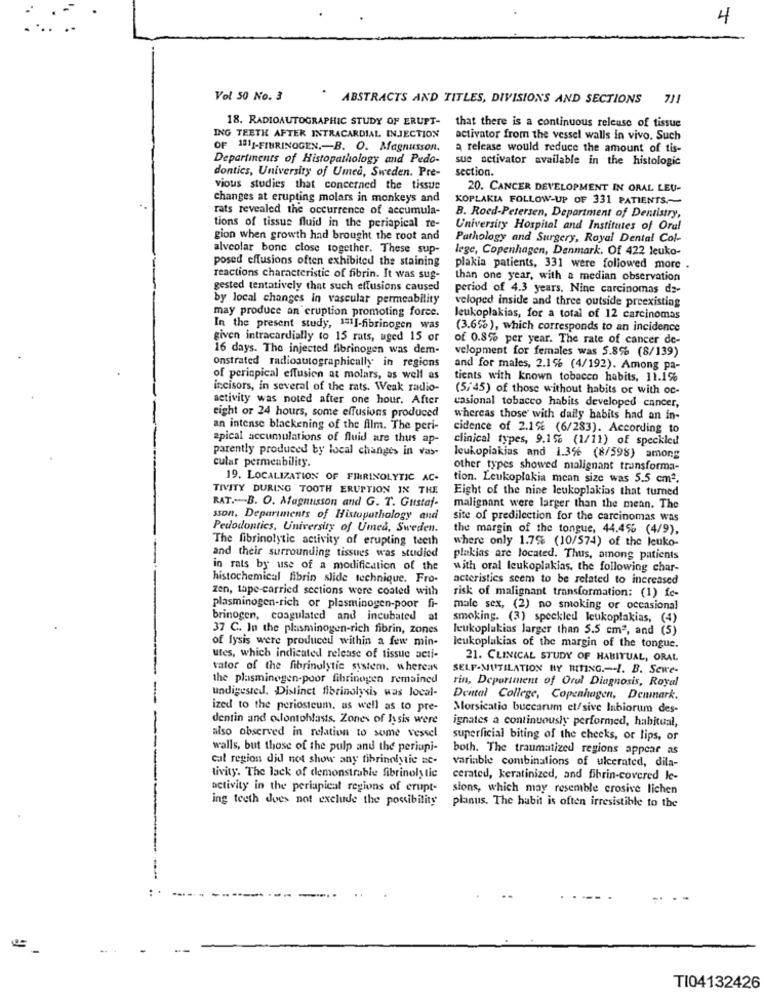
4
Vol 50 No. 3
ABSTRACTS AND TITLES, DIVISIONS AND SECTIONS 711
18. RADIOAUTOGRAPHIC STUDY OF ERUPT- that there is a continuous release of tissue
ING TEETH AFTER INTRACARDIAL INJECTION
activator from the vessel walls in vivo. Such
OF 1311-FIBRINOGEN .- B. O. Magnusson.
a release would reduce the amount of tis-
Departments of Histopathology and Pedo-
sue activator available in the histologic
dontics, University of Umed, Sweden. Pre-
section.
vious studies that concerned the tissue
20. CANCER DEVELOPMENT IN ORAL LEU-
changes at erupting molars in monkeys and
KOPLAKIA FOLLOW-UP OF 331 PATIENTS .-
rats revealed the occurrence of accumula-
B. Roed-Petersen, Department of Dentistry,
tions of tissue fluid in the periapical re-
University Hospital and Institutes of Oral
gion when growth had brought the root and
Pathology and Surgery, Royal Dental Col-
alveolar bone close together. These sup-
lege, Copenhagen, Denmark. Of 422 leuko-
posed effusions often exhibited the staining
plakia patients, 331 were followed more .
reactions characteristic of fibrin. It was sug-
than one year, with a median observation
gested tentatively that such effusions caused
period of 4.3 years. Nine carcinomas de-
by local changes in vascular permeability
veloped inside and three outside preexisting
may produce an eruption promoting force.
leukoplakias, for a total of 12 carcinomas
In the present study, 151]-fibrinogen was
(3.6%), which corresponds to an incidence
given intracardially to 15 rats, uged 15 or
of 0.8% per year. The rate of cancer de-
16 days. The injected fibrinogen was dem-
velopment for females was 5.8% (8/139)
onstrated radioautographically in regions
and for males, 2.1% (4/192). Among pa-
of perinpical effusion at molars, as well as
tients with known tobacco habits, 11.1%
incisors, in several of the rats. Weak radio-
(5:45) of those without habits or with oc-
activity was noted after one hour. After
casional tobacco habits developed cancer,
eight or 24 hours, some effusions produced
whereas those' with daily habits had an in-
an intense blackening of the film. The peri-
cidence of 2.1% (6/283). According to
apical accumulations of fluid are thus ap-
clinical types, 9.1% (1/11) of speckled
parently produced by local changes in var
cular permeability.
leukoplakias and 1.3% (8/598) among
other types showed malignant transforma-
19. LOCALIZATION OF FINIRINOLYTIC AC-
tion. Leukoplakia mean size was 5.5 cm3.
TIVITY DURING TOOTH ERUPTION IN THE
Eight of the nine leukoplakias that turned
RAT .- B. O. Magnusson and G. T. Gustaf-
malignant were larger than the mean. The
sson, Departments of Histopathology and
site of predilection for the carcinomas was
Pedodontics, University of Umed, Sweden.
the margin of the tongue, 44.45% (4/9),
The fibrinolytic activity of erupting teeth
where only 1.75% (10/574) of the leuko-
and their surrounding tissues was studied
plakias are located. Thus, among patients
in rats by use of a modification of the
with oral leukoplakias. the following char-
histochemical fibrin slide technique. Fro-
acteristics seem to be related to increased
zen, tape-carried sections were coated with
risk of malignant transformation: (1) fe-
plasminogen-rich or plasminogen-poor fi-
male sex, (2) no smoking or occasional
brinogen, coagulated and incubated at
smoking. (3) speckled leukoplakias, (4)
37 C. In the plasminogen-rich fibrin, zones
leukoplakias larger than 5.5 cmª, and (5)
of lysis were produced within a few min-
leukoplakias of the margin of the tongue.
utes, which indicated release of tissue acti-
21. CLINICAL STUDY OF HABITUAL, ORAL
vator of the fibrinolytic system. whereas
SELF-MUTILATION BY MITING .-. I. B. Sewe-
the plasminegen-poor fibrinogen remained
rin, Department of Orul Diagnosis, Royal
undigested. Distinct fibrinolysis was local-
Dental College, Copenhagen, Denmark.
ized to the periosteum, as well as to pre-
Morsicatio buccarum et/sive Inbiorum des-
dentin and oufontohlasts. Zones of lysis were
ignates a continuously performed, habitual,
also observed in relation to some vessel
superficial biting of the cheeks, or lips, or
walls, but those of the pulp and the periupi-
both. The traumatized regions appear as
cal region did not show any fibrinolytic ne-
variable combinations of ulcerated, dila-
tivity. The lack of demonstrable fibrinoly tic
cerated, keratinized, and fibrin-covered le-
activity in the periapicat regions of erupt-
sions, which may resemble crosive lichen
ing teeth does not exclude the possibility
planus. The habit is often irresistible to the
TI04132426